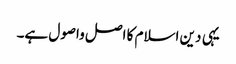
یہی دین اسلام کا اصل واصول ہے۔